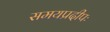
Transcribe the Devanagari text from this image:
समयप्रदीपः